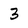
Character: 3